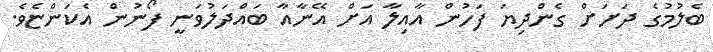
ބެލުމުގެ ދަށަށް ގެންދިޔަ ފަހުން އާއިލާ އަށް އޭނާއާ ބައްދަލުވަނީ ފޯނުން އެކަންޏެވެ.